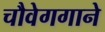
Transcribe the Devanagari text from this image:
चौवेगगाने